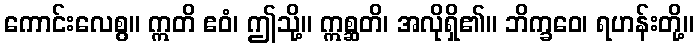
ကောင်းလေစွ။ ဣတိ ဧဝံ၊ ဤသို့။ ဣစ္ဆတိ၊ အလိုရှိ၏။ ဘိက္ခဝေ၊ ရဟန်းတို့။